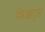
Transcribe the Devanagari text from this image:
यिआट्स